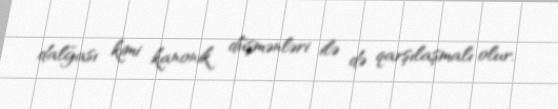
dalğası kimi kanonik düşmənləri ilə də qarşılaşmalı olur.